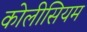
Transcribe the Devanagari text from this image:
कोलीसियम